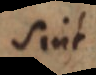
sint